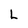
Character: L